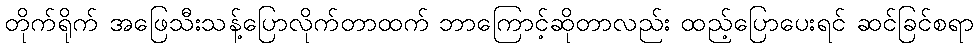
တိုက်ရိုက် အဖြေသီးသန့်ပြောလိုက်တာထက် ဘာကြောင့်ဆိုတာလည်း ထည့်ပြောပေးရင် ဆင်ခြင်စရာ